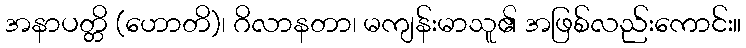
အနာပတ္တိ (ဟောတိ)၊ ဂိလာနတာ၊ မကျန်းမာသူ၏ အဖြစ်လည်းကောင်း။